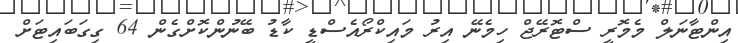
އިންޓާނަލް މެމޮރީ ސްޓޮރޭޖް ހިމެނޭ އިރު މައިކްރޯއެސްޑީ ކާޑު ބޭނުންކޮށްގެން 64 ގިގަބައިޓަށް